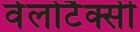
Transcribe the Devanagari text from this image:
वेलोटैक्सी